Problem: 37 + 26 = ?
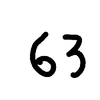
Handwritten answer: 63